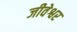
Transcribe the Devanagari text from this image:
जीवेश्वर